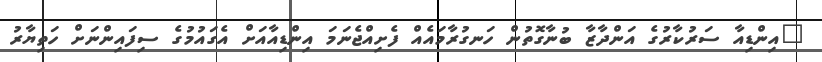
"އިންޑިއާ ސަރުކާރުގެ އަންދާޒާ ބުނާގޮތުން ހަނގުރާމައެއް ފެށިއްޖެނަމަ އިންޑިއާއަށް އެގައުމުގެ ސިފައިންނަށް ހަތިޔާރު